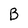
Character: B